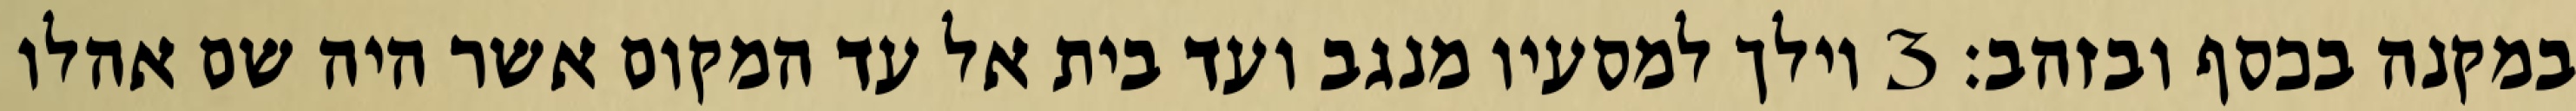
במקנה בכסף ובזהב׃ ‎3‏ וילך למסעיו מנגב ועד בית אל עד המקום אשר היה שם אהלו